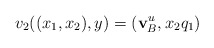
\begin{align*}v_2((x_1,x_2),y)=({\bf v}_B\sp{u},x_2q_1)\end{align*}